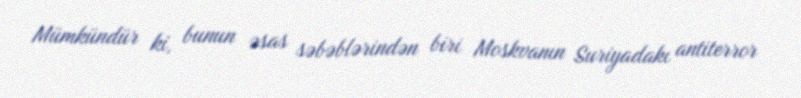
Mümkündür ki, bunun əsas səbəblərindən biri Moskvanın Suriyadakı antiterror